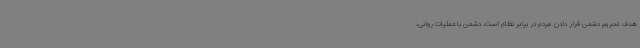
هدف تحریم دشمن قرار دادن مردم در برابر نظام است، دشمن با عملیات روانی،